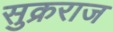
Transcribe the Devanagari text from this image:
सुक्रराज